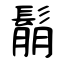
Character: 鬅